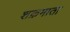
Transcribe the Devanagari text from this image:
शक्रमाता